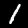
Digit: 1